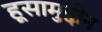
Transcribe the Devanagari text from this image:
हूसामुद्दीन